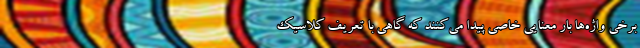
برخی واژه‌ها بار معنایی خاصی پیدا می‌کنند که گاهی با تعریف کلاسیک